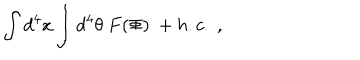
\int d ^ { 4 } x \int d ^ { 4 } \theta \ F ( \Phi ) \ + h . c . \ ,